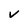
Character: v